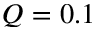
Q = 0 . 1